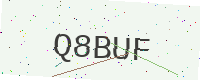
Text: Q8BUF